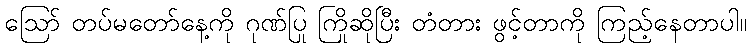
ဪ တပ်မတော်နေ့ကို ဂုဏ်ပြု ကြိုဆိုပြီး တံတား ဖွင့်တာကို ကြည့်နေတာပါ။